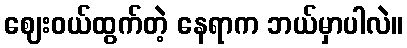
ဈေးဝယ်ထွက်တဲ့ နေရာက ဘယ်မှာပါလဲ။